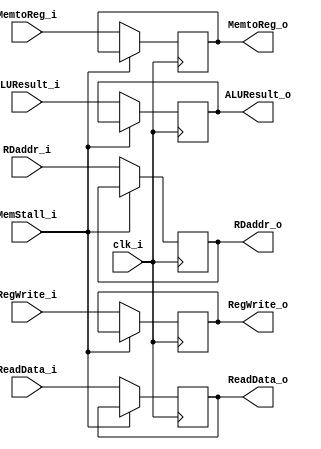
module MEMWB (
	clk_i,
	RegWrite_i,
    MemtoReg_i,
    ALUResult_i,
    ReadData_i,
    RDaddr_i,
    MemStall_i,
    RegWrite_o,
    MemtoReg_o,
    ALUResult_o,
    ReadData_o,
    RDaddr_o
);

input						clk_i;
input						RegWrite_i, MemtoReg_i;
input	signed	[31:0]		ALUResult_i, ReadData_i;
input			[4:0]		RDaddr_i;
input 						MemStall_i;

output						RegWrite_o, MemtoReg_o;
output	signed	[31:0]		ALUResult_o, ReadData_o;
output			[4:0]		RDaddr_o;

reg 						RegWrite_o = 1'b0, MemtoReg_o = 1'b0;
reg 	signed	[31:0]		ALUResult_o = 32'b0, ReadData_o = 32'b0;
reg 			[4:0]		RDaddr_o = 5'b0;

always @(posedge clk_i) begin
    if (~MemStall_i) begin
        RegWrite_o <= RegWrite_i;
        MemtoReg_o <= MemtoReg_i;
        ALUResult_o <= ALUResult_i;
        ReadData_o <= ReadData_i;
        RDaddr_o <= RDaddr_i;
    end

end
endmodule